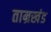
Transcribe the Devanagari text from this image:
ताम्रखंड